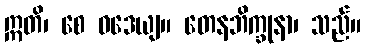
ဣတိ၊ စေ ဝဒေယျ။ တေနဘိက္ခုနာ၊ သည်။